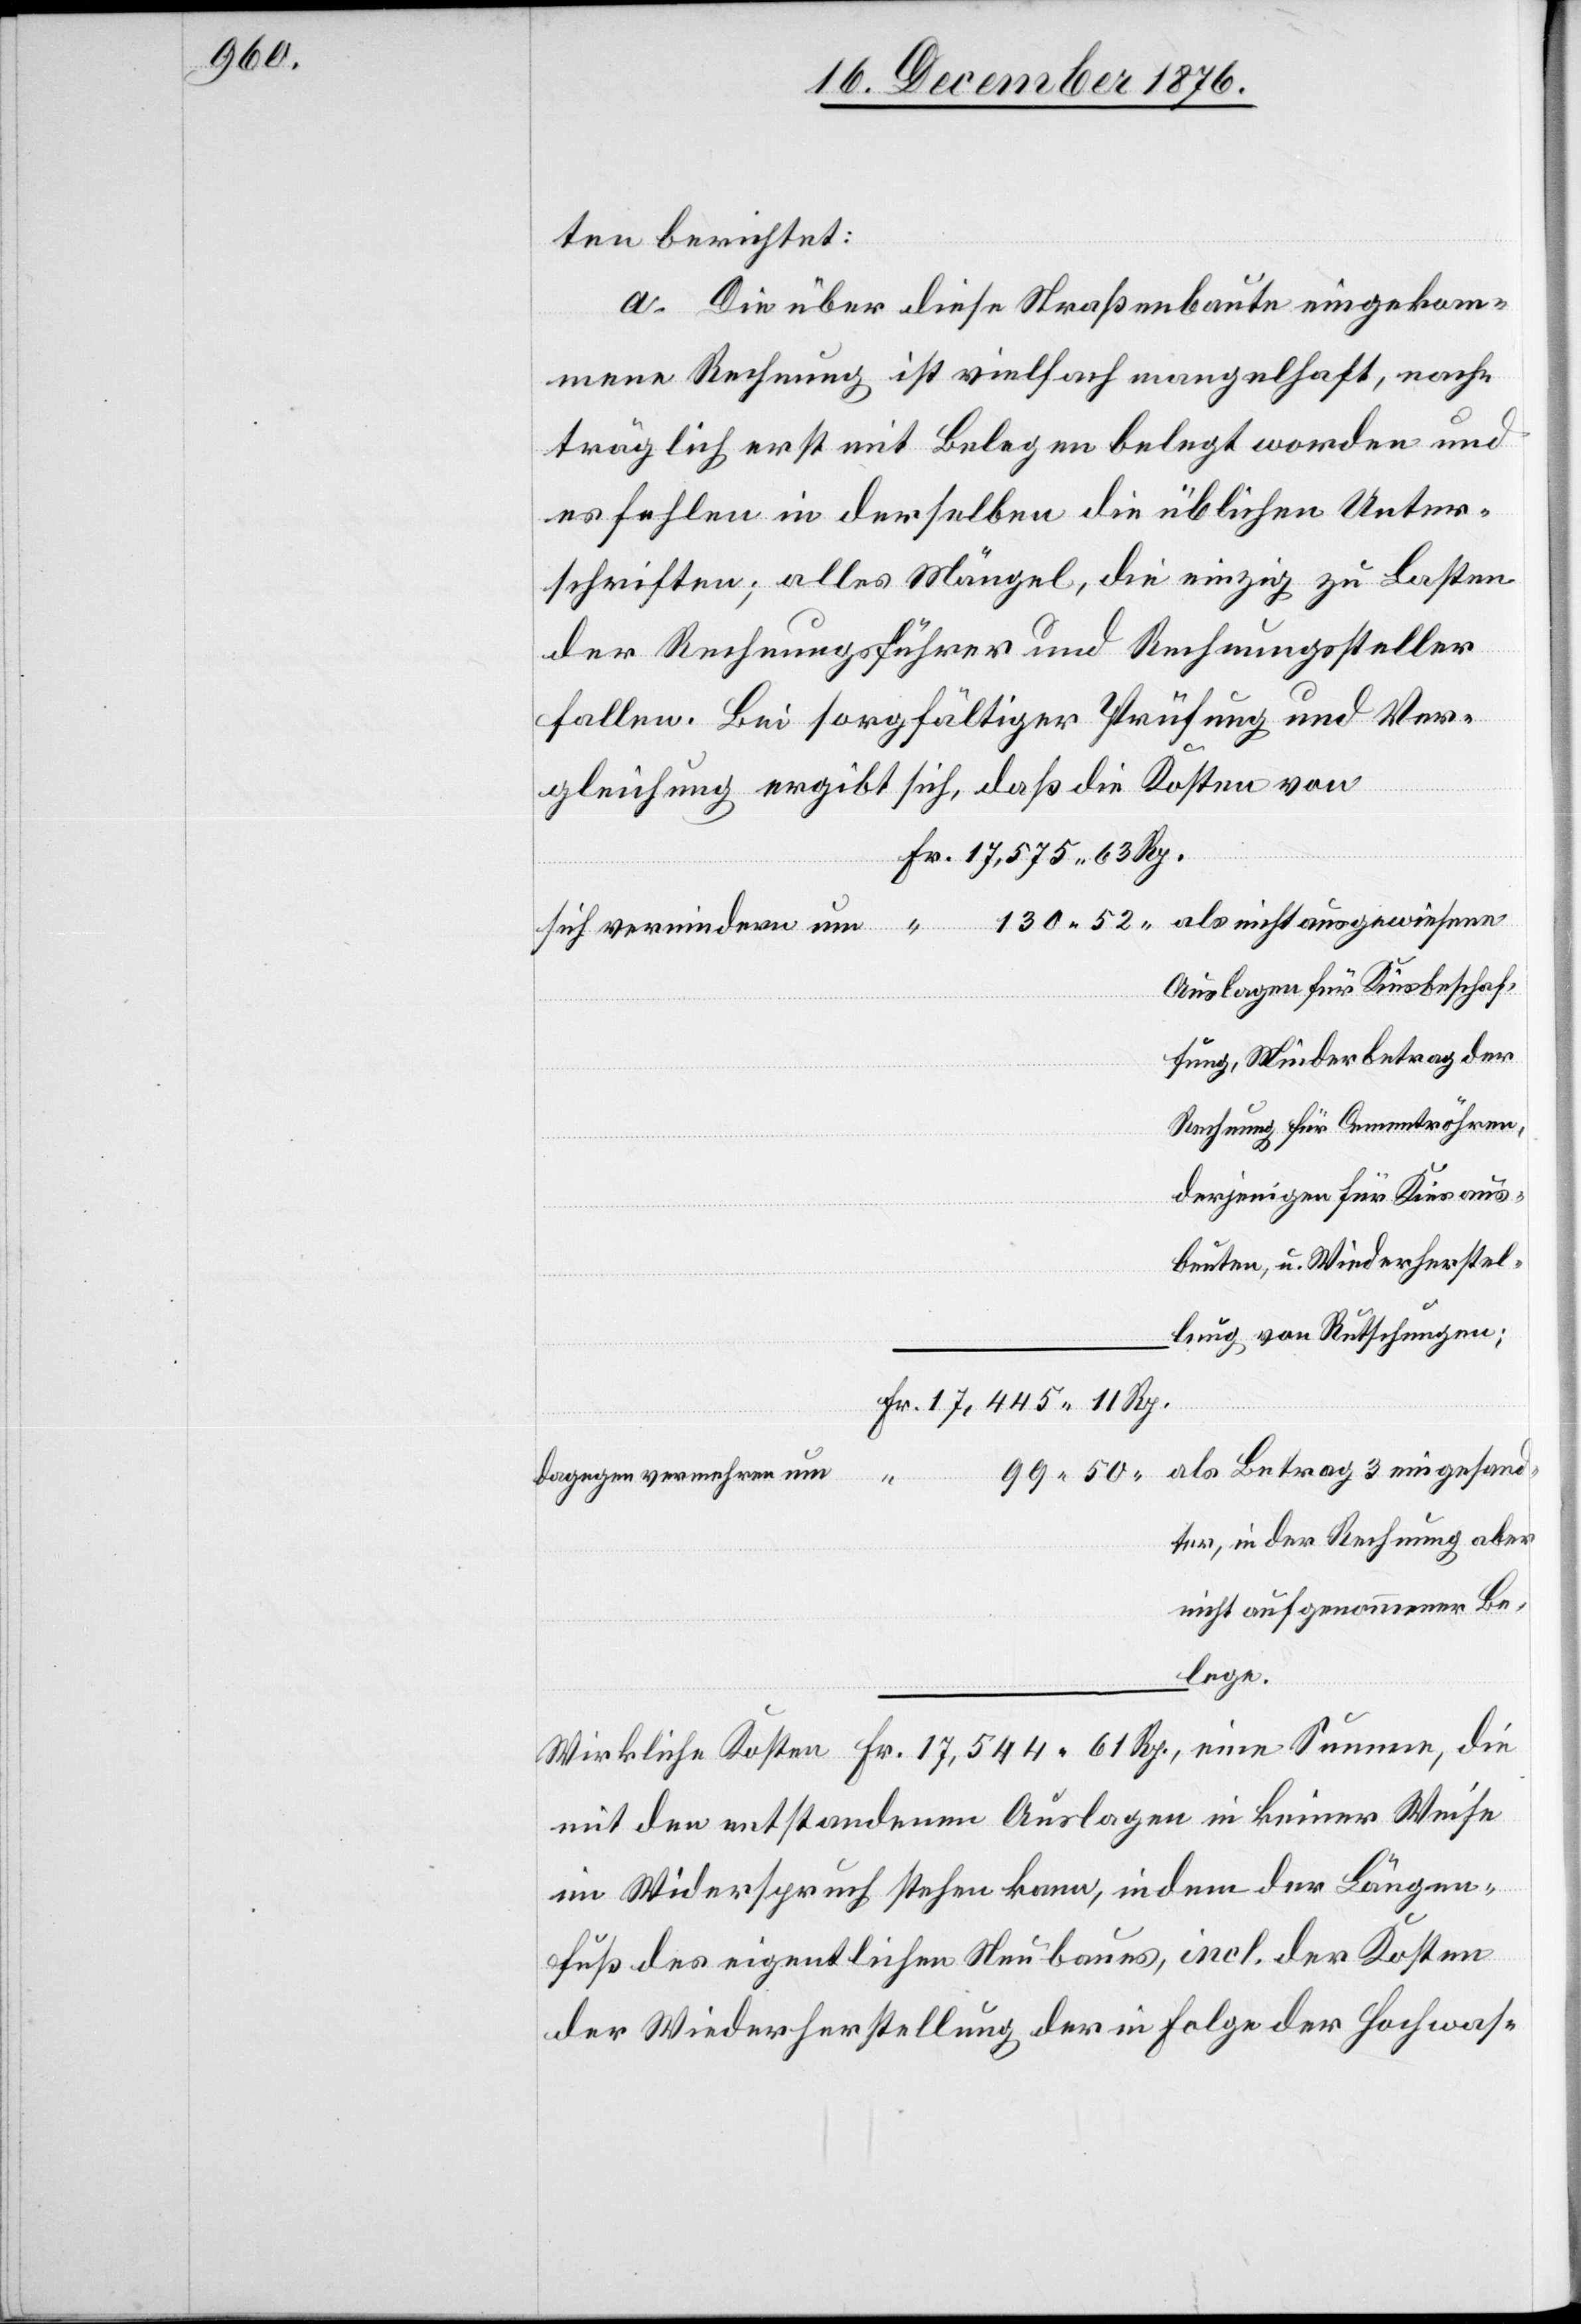
ten berichtet:
a. Die über diese Straßenbaute eingekom¬
mene Rechnung ist vielfach mangelhaft, nach¬
träglich erst mit Belegen belegt worden und
es fehlen in derselben die üblichen Unter¬
schriften; alles Mängel, die einzig zu Lasten
fallen. Bei sorgfältiger Prüfung und Ver¬
gleichung ergibt sich, daß die Kosten von
Auslagen für Kiesbeschaf¬
fung, Minderbetrag der
Rechnung für Cementröhren,
derjenigen für Kiesaus¬
beuten, u. Wiederherstel¬
lung von Rutschungen;
dagegen vermehren um
Fr.
ter, in der Rechnung aber
nicht aufgenommener Be¬
lege.
mit den entstandenen Auslagen in keiner Weise
im Widerspruch stehen kann, in dem der Längen¬
fuß des eigentlichen Neubaues, incl. der Kosten
der Wiederherstellung der in Folge der Hochwas-